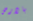
بالارض